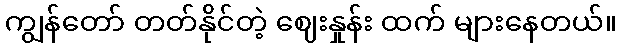
ကျွန်တော် တတ်နိုင်တဲ့ ဈေးနှုန်း ထက် များနေတယ်။